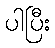
ပါပြီး